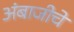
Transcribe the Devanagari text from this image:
अंबाजीचे